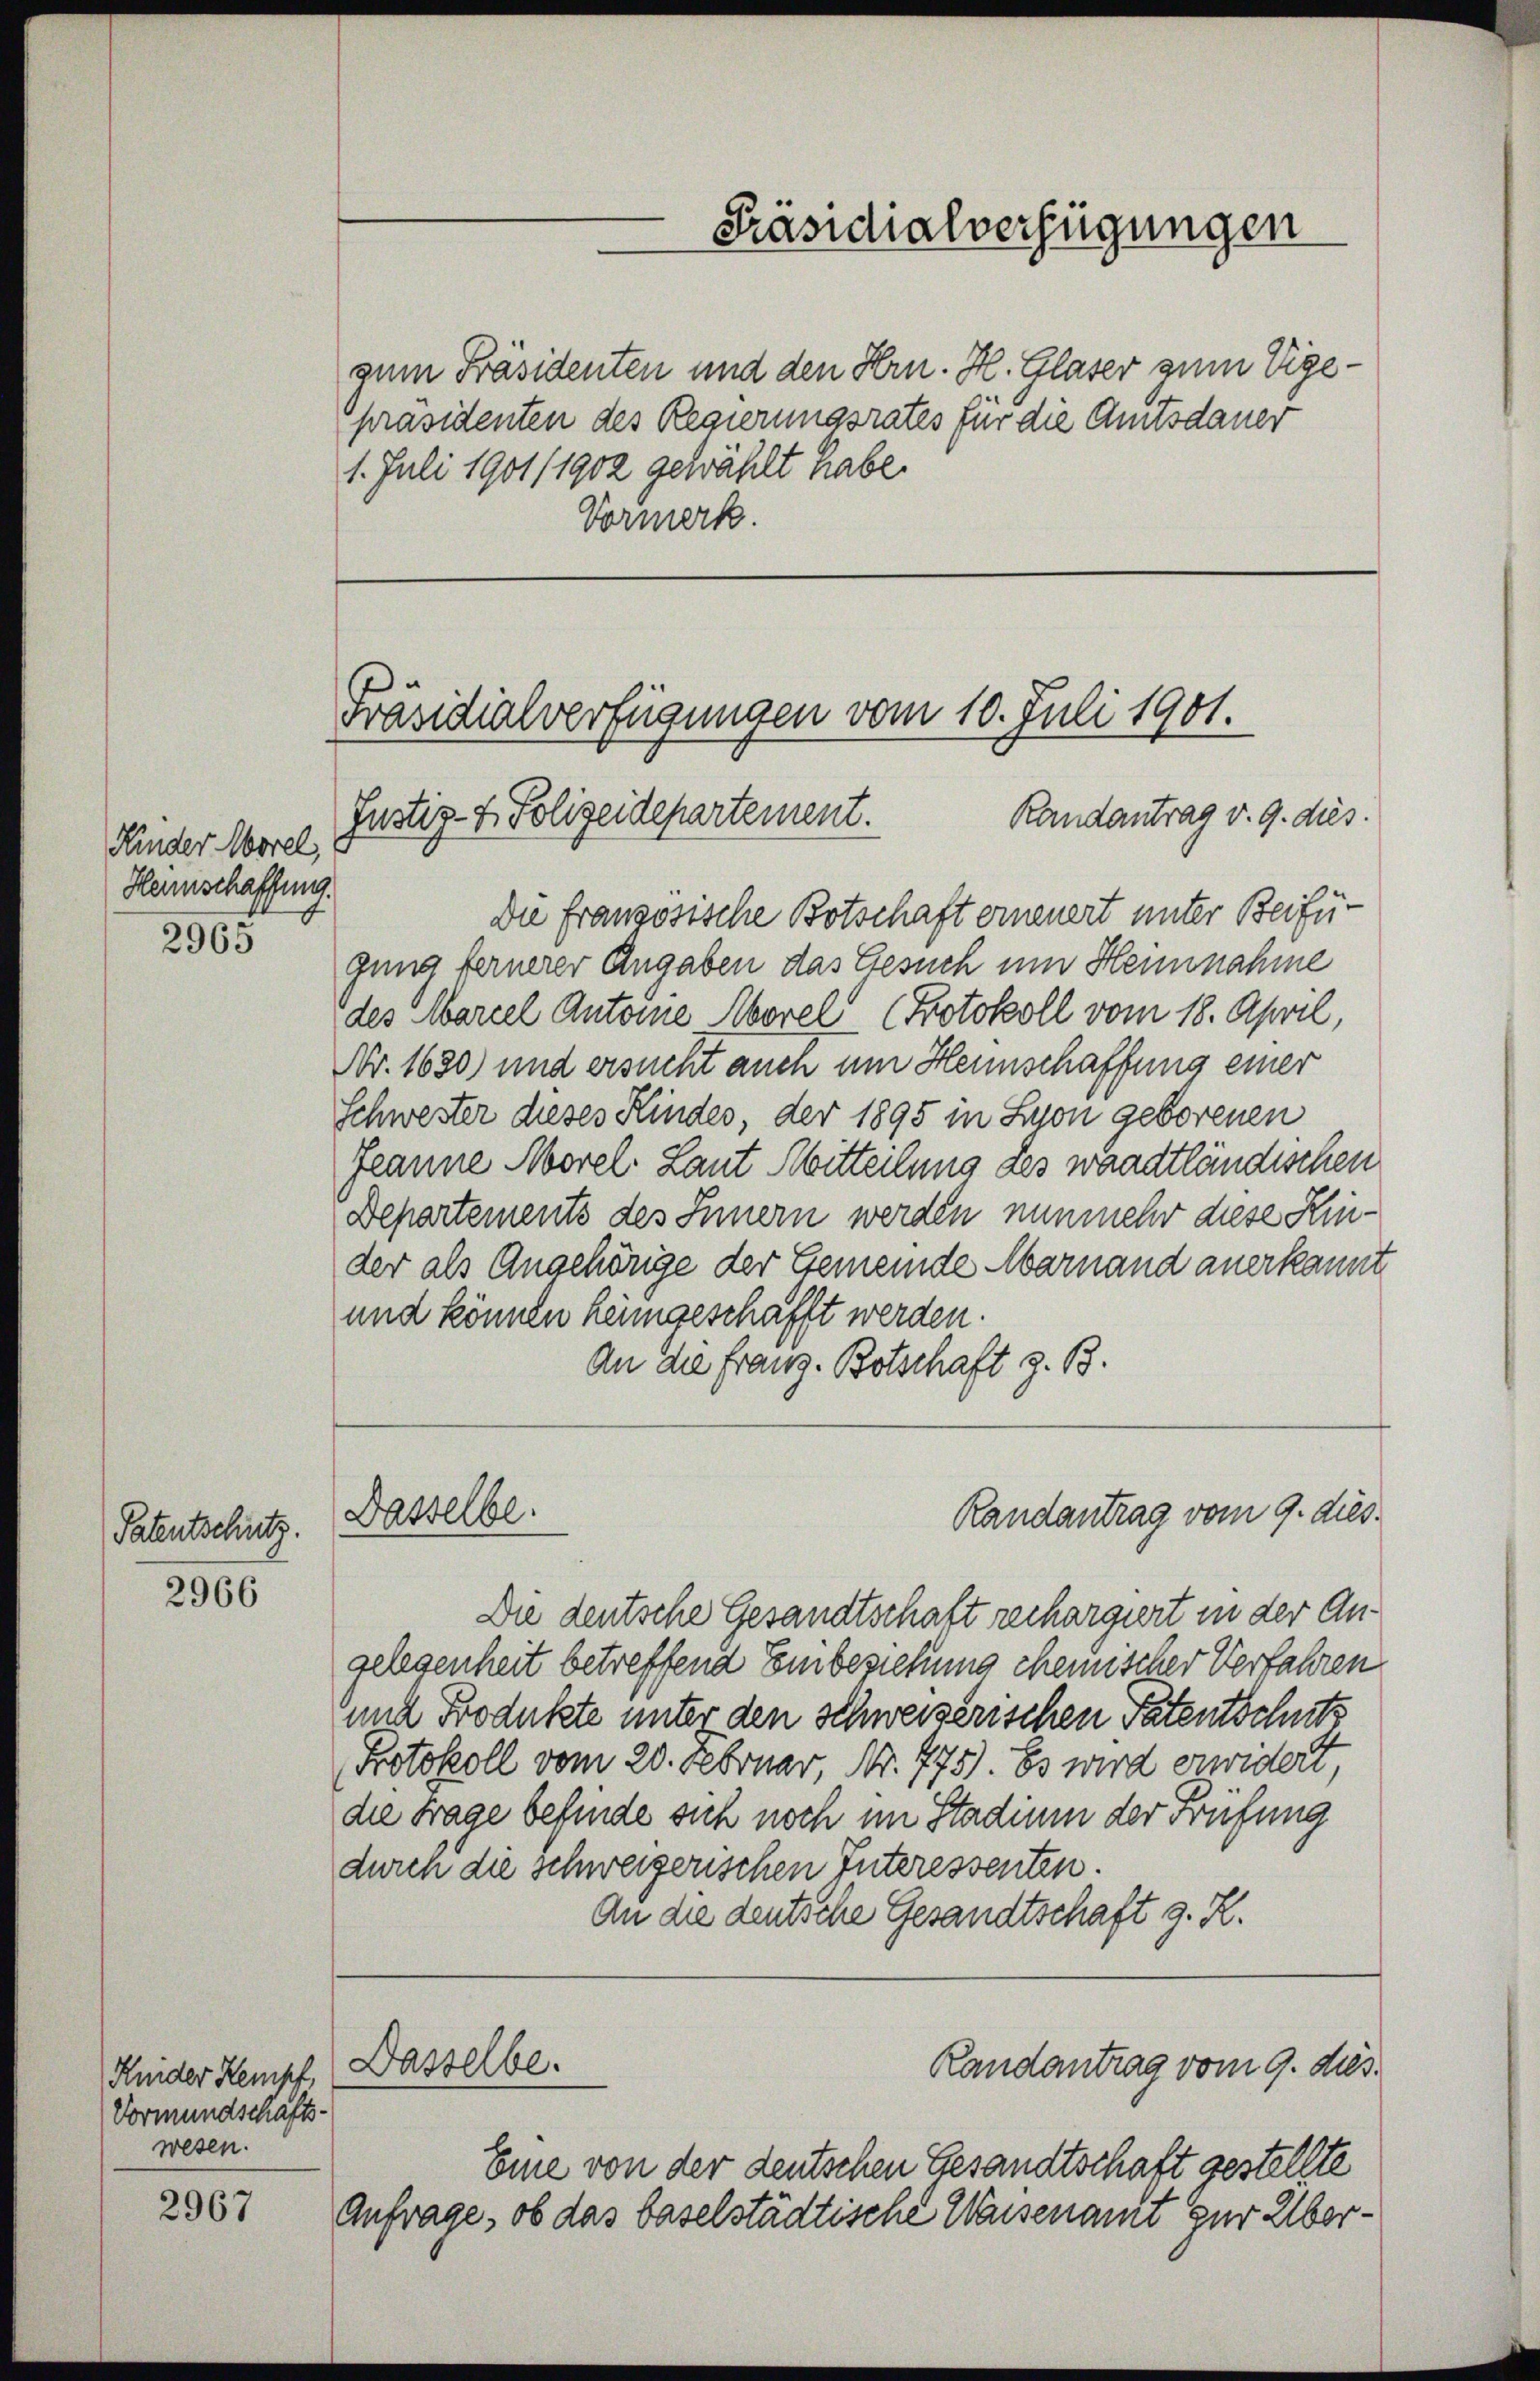
Kinder Morel,
Heinschaffung.

2965

Patentschutz.

2966

2967

Knider Kempf.
Vormundschäfts-
wesen.

zum Präsidenten und den Hrn. H. Glaser zum Vigepräsidenten des Regierungsrates für die Amtsdauer
1. Juli 1901/1902 gewählt habe.
Vormerk.

Präsidialverfügungen vom 10. Juli 1901.
Randantrag v. 9. dies
Justiz- & Polizeidepartement.

Die französische Botschaft erneuert unter Beifügung fernerer Angaben das Gesuch um Hennnahme
des Marcel Antone Aborel (Protokoll vom 18. April,
Nr. 1630) und ersucht auch um Heinschaffung einer
Schwester dieses Kindes, der 1895 in Lyon geborenen
Jeanne Morel Laut Mitteilung des waadtländischen
Departements des Innern werden nunmehr diese Hinder als Angehörige der Gemeinde Marnand anerkannt.
und können heimgeschafft werden.
An die Franz. Botschaft z. B.

Dasselbe.

Die deutsche Gesandtschaft rechargiert in der Angelegenheit betreffend Einbeziehung chemischer Verfahren
und Produkte unter den Schweizerischen Patentschutz
Protokoll vom 20. Februar, Nr. 775). Es wird erwidert,
die Frage befinde sich noch im Stadium der Prüfung
durch die schweizerischen Interessenten.
An die deutsche Gesandtschaft z. R.

Dasselbe.

Eine von der deutschen Gesandtschaft gestellte
Anfrage, ob das baselstädtische Waisenamt zur Über¬

Präsidialverfügungen

Randantrag vom 9. dies

Randantrag vom 9. ds.